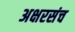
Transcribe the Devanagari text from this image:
अक्षरसंच